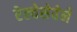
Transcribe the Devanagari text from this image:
रेल्वेसेवेने